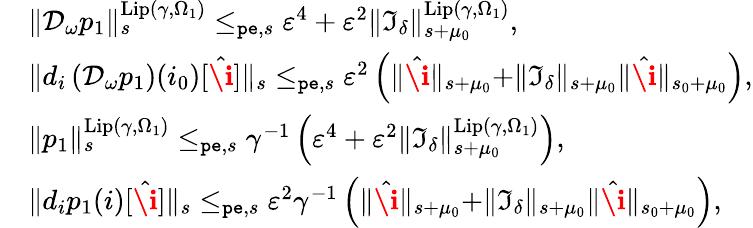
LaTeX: \begin{array}{rl}&{\rVert\mathcal{D}_{\omega}p_{1}\rVert_{s}^{\mathrm{Lip}(\gamma,\Omega_{1})}\le_{\mathtt{pe},s}\varepsilon^{4}+\varepsilon^{2}\rVert\mathfrak{I}_{\delta}\rVert_{s+\mu_{0}}^{\mathrm{Lip}(\gamma,\Omega_{1})},}\\ &{\rVert d_{i}\left(\mathcal{D}_{\omega}p_{1}\right)(i_{0})[\hat{\textbf{\i}}]\rVert_{s}\le_{\mathtt{pe},s}\varepsilon^{2}\left(\rVert\hat{\textbf{\i}}\rVert_{s+\mu_{0}}+\rVert\mathfrak{I}_{\delta}\rVert_{s+\mu_{0}}\rVert\hat{\textbf{\i}}\rVert_{s_{0}+\mu_{0}}\right),}\\ &{\rVert p_{1}\rVert_{s}^{\mathrm{Lip}(\gamma,\Omega_{1})}\le_{\mathtt{pe},s}\gamma^{-1}\left(\varepsilon^{4}+\varepsilon^{2}\rVert\mathfrak{I}_{\delta}\rVert_{s+\mu_{0}}^{\mathrm{Lip}(\gamma,\Omega_{1})}\right),}\\ &{\rVert d_{i}p_{1}(i)[\hat{\textbf{\i}}]\rVert_{s}\le_{\mathtt{pe},s}\varepsilon^{2}\gamma^{-1}\left(\rVert\hat{\textbf{\i}}\rVert_{s+\mu_{0}}+\rVert\mathfrak{I}_{\delta}\rVert_{s+\mu_{0}}\rVert\hat{\textbf{\i}}\rVert_{s_{0}+\mu_{0}}\right),}\end{array}